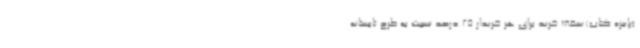
(پاییزه کتاب) سقف خرید برای هر خریدار 25 درصد نسبت به طرح تابستانه